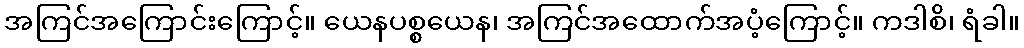
အကြင်အကြောင်းကြောင့်။ ယေနပစ္စယေန၊ အကြင်အထောက်အပံ့ကြောင့်။ ကဒါစိ၊ ရံခါ။